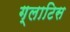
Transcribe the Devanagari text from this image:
ग्लाटिस